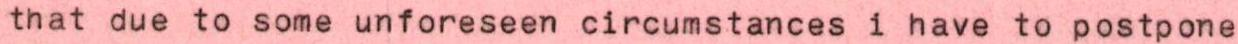
that due to some unforeseen circumstances i have to postpone